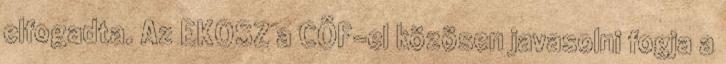
elfogadta. Az EKOSZ a CÖF-el közösen javasolni fogja a